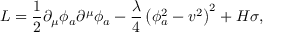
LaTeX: { \cal L } = \frac 1 2 \partial _ { \mu } \phi _ { a } \partial ^ { \mu } \phi _ { a } - \frac { \lambda } 4 \left( \phi _ { a } ^ { 2 } - v ^ { 2 } \right) ^ { 2 } + H \sigma ,